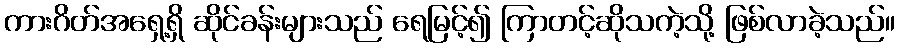
ကားဂိတ်အရှေ့ရှိ ဆိုင်ခန်းများသည် ရေမြင့်၍ ကြာတင့်ဆိုသကဲ့သို့ ဖြစ်လာခဲ့သည်။